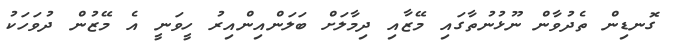
ގޮނޑިން ތެދުވާން ނޫޅުނުތާގައި މޭޒާއި ދިމާލަށް ބަލަންއިންއިރު ހީވަނީ އެ މޭޒުން ދުވަހަކު